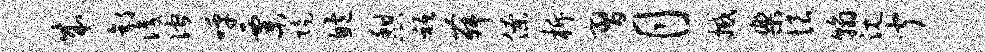
成郭识伫呼粟陡鲍憩只舞僚柝习月撼乐恨翰沉闻